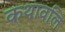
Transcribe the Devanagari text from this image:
कथावलि